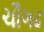
ચૌગઢ